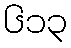
၆၁၃